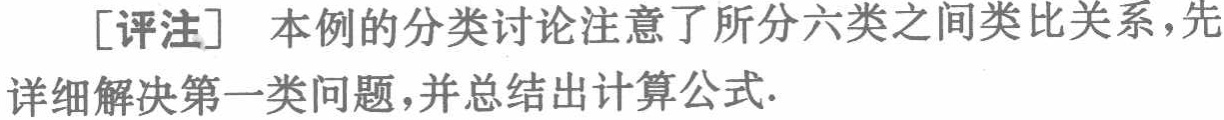
[评注] 本例的分类讨论注意了所分六类之间类比关系，先详细解决第一类问题，并总结出计算公式.